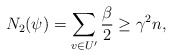
\begin{align*}N_2(\psi) &=\sum_{v\in U'} \frac{\beta}{2} \geq \gamma^2 n,\end{align*}